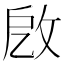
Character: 𢼚